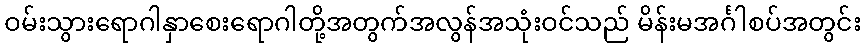
ဝမ်းသွားရောဂါနှာစေးရောဂါတို့အတွက်အလွန်အသုံးဝင်သည် မိန်းမအင်္ဂါစပ်အတွင်း